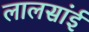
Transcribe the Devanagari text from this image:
लालसांई